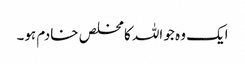
ایک وہ جو اللہ کا مخلص خادم ہو۔